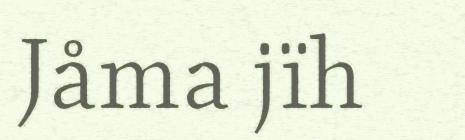
Jåma jïh